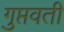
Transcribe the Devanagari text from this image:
गुप्तवती